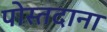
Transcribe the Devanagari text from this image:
पोस्तदाना